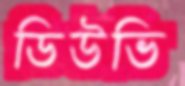
ডিউভি